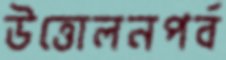
উত্তোলনপর্ব